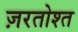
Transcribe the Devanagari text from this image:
ज़रतोश्त